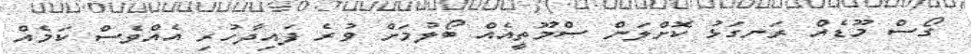
ގޯސް މޫޑެއް ރަނގަޅު ކޮށްލަން ސްމޫތީއެއް ބޯލުމަށް ވުރެ ފައިދާހުރި އެއްވެސް ކަމެއް